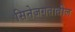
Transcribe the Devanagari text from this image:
सिनेजगतातील